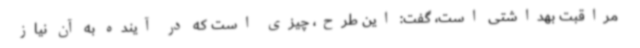
مراقبت بهداشتی است، گفت: این طرح، چیزی است که در آینده به آن نیاز